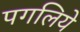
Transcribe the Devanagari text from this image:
पगलिये